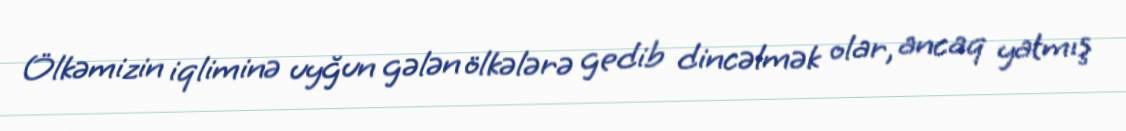
Ölkəmizin iqliminə uyğun gələn ölkələrə gedib dincəlmək olar, ancaq yatmış